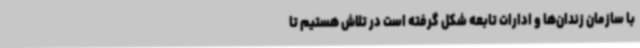
با سازمان زندان‌ها و ادارات تابعه شکل گرفته است در تلاش هستیم تا